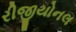
રીજીયોનલ